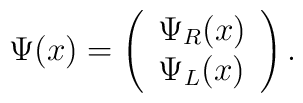
\Psi(x) = \left( \begin{array}{c}            \Psi_{R}(x) \\ \Psi_{L}(x)            \end{array} \right).